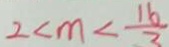
2 < m < \frac { 1 6 } { 3 }